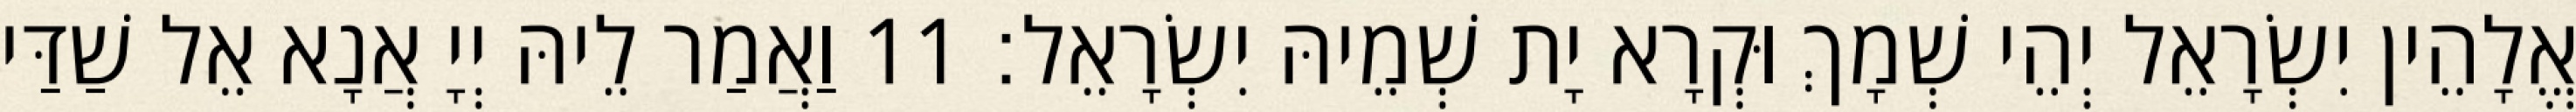
אֱלָהֵין יִשְׂרָאֵל יְהֵי שְׁמָךְ וּקְרָא יָת שְׁמֵיהּ יִשְׂרָאֵל׃ 11 וַאֲמַר לֵיהּ יְיָ אֲנָא אֵל שַׁדַּי